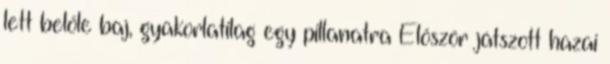
lett belőle baj, gyakorlatilag egy pillanatra Először játszott hazai